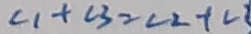
\angle 1 + \angle 3 = \angle 2 + \angle 1